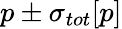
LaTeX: p\pm\sigma_{{tot}}[p]